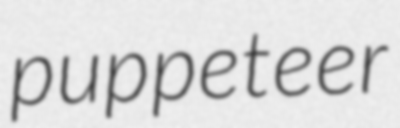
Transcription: puppeteer